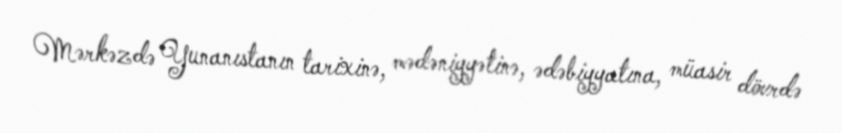
Mərkəzdə Yunanıstanın tarixinə, mədəniyyətinə, ədəbiyyatına, müasir dövrdə